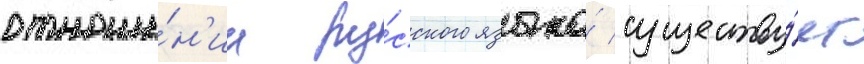
отноше́н'ии ру́сского языка́ существу́ет